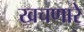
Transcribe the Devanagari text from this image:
खचणारे